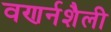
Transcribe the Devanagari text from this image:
वणर्नशैली